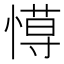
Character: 𢠍